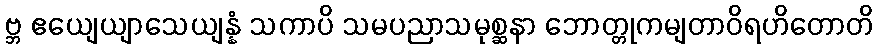
ဗ္ဘ ဧယျေယျာသေယျန္နံ သကာပိ သမပညာသမုစ္ဆနာ ဘောတ္တုကမျတာဝိရဟိတောတိ